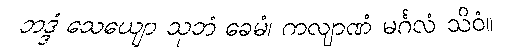
ဘဒ္ဒံ သေယျော သုဘံ ခေမံ၊ ကလျာဏံ မင်္ဂလံ သိဝံ။